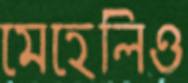
মেহেলিও